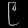
Digit: ၉